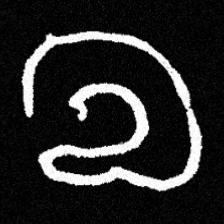
Pyu character \u2014 Myanmar letter: လ (romanized: la)